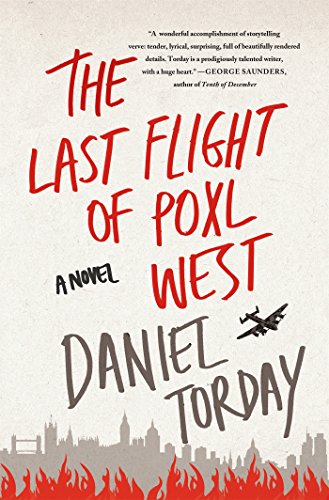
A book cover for The Last Flight of Poxl West: A Novel; Daniel Torday; Literature & Fiction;